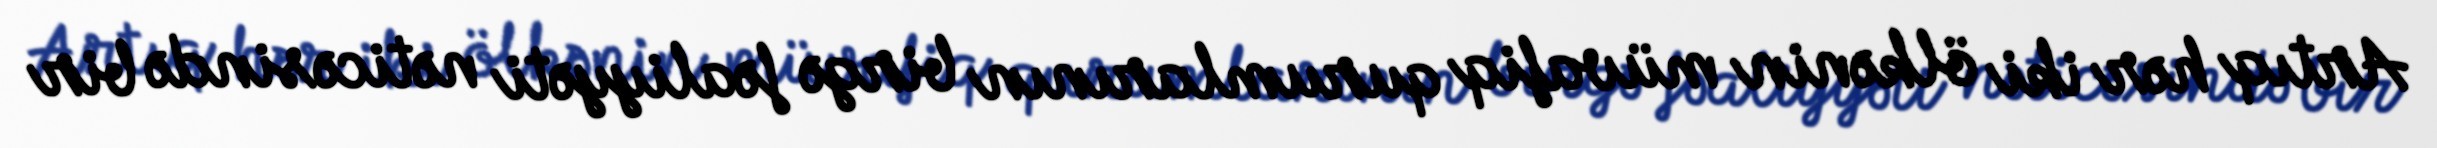
Artıq hər iki ölkənin müvafiq qurumlarının birgə fəaliyyəti nəticəsində bir